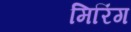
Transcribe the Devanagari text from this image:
मिरिंग